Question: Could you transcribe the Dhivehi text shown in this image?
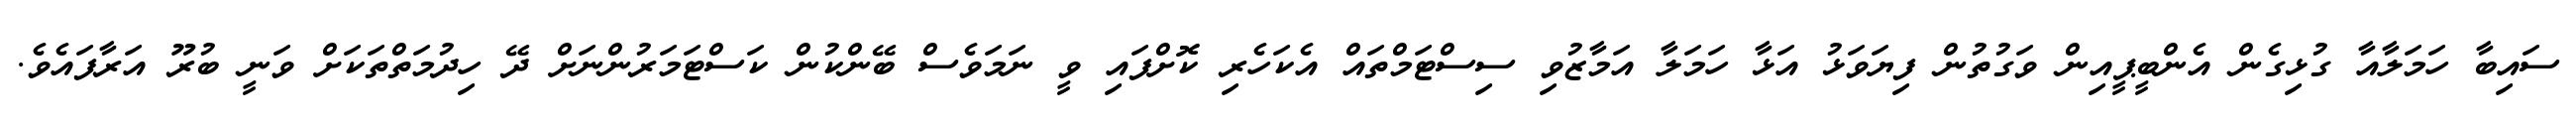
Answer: ސައިބާ ހަމަލާއާ ގުޅިގެން އެންބީޕީއިން ވަގުތުން ފިޔަވަޅު އަޅާ ހަމަލާ އަމާޒުވި ސިސްޓަމްތައް އެކަހެރި ކޮށްފައި ވީ ނަމަވެސް ބޭންކުން ކަސްޓަމަރުންނަށް ދޭ ހިދުމަތްތަކަށް ވަނީ ބުރޫ އަރާފައެވެ.